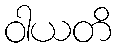
ဝါယတိ